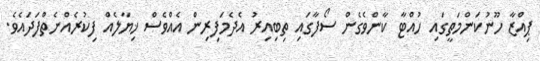
ޕިއްޒާ ހޫނުކަންމަތީގައި ހުއްޓާ ކާންވެގެން ސޯފާގައި ތިބިއިރު އެދެމަފިރިން އެއްވެސް ޚިޔާލެއް ފިކުރެއްނެތްފަދައެވެ.